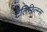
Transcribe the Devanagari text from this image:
टेलिफ़िल्म्स